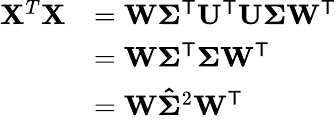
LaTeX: {\begin{array}{rl}{\mathbf{X}^{T}\mathbf{X}}&{=\mathbf{W}\mathbf{\Sigma}^{\mathsf{T}}\mathbf{U}^{\mathsf{T}}\mathbf{U}\mathbf{\Sigma}\mathbf{W}^{\mathsf{T}}}\\ &{=\mathbf{W}\mathbf{\Sigma}^{\mathsf{T}}\mathbf{\Sigma}\mathbf{W}^{\mathsf{T}}}\\ &{=\mathbf{W}\mathbf{\hat{\Sigma}}^{2}\mathbf{W}^{\mathsf{T}}}\end{array}}